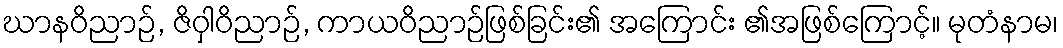
ဃာနဝိညာဉ်, ဇိဝှါဝိညာဉ်, ကာယဝိညာဉ်ဖြစ်ခြင်း၏ အကြောင်း ၏အဖြစ်ကြောင့်။ မုတံနာမ၊